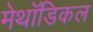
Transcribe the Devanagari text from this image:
मेथॉडिकल